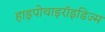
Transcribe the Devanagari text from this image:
हाइपोथाइरॉइडिज्म